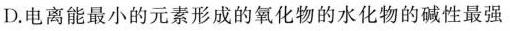
D.电离能最小的元素形成的氧化物的水化物的碱性最强